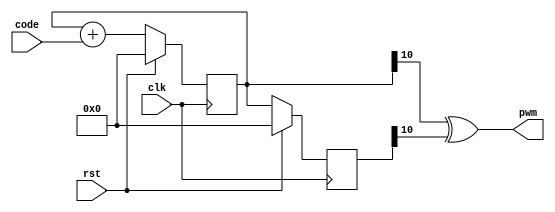
module sigma_delta_dac #(
    parameter CODE_WIDTH = 10
)(
    input clk,
    input rst,
    input [CODE_WIDTH-1:0] code,
    output pwm
);
    reg [CODE_WIDTH:0] accumulator;
    reg [CODE_WIDTH:0] accumulator_old;
    always @(posedge clk) begin
        if (rst) begin
            accumulator <= 0;
            accumulator_old <= 0;
        end else begin
            accumulator <= accumulator + code;
            accumulator_old <= accumulator;
        end
    end

    assign pwm = accumulator[10] ^ accumulator_old[10];
endmodule